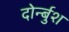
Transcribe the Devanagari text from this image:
दोर्न्बुश